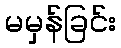
မမှန်ခြင်း